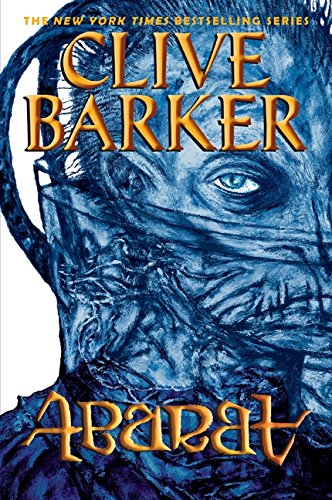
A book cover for Abarat; Clive Barker; Teen & Young Adult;